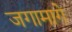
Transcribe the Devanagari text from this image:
जगामागे